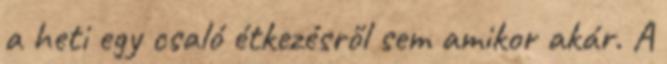
a heti egy csaló étkezésről sem amikor akár. A